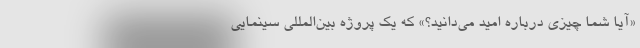
«آیا شما چیزی درباره امید می‌دانید؟» که یک پروژه بين‌‌المللي سینمایی